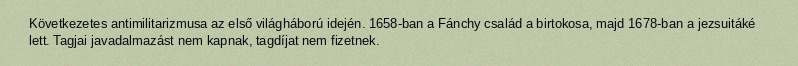
Következetes antimilitarizmusa az első világháború idején. 1658-ban a Fánchy család a birtokosa, majd 1678-ban a jezsuitáké lett. Tagjai javadalmazást nem kapnak, tagdíjat nem fizetnek.